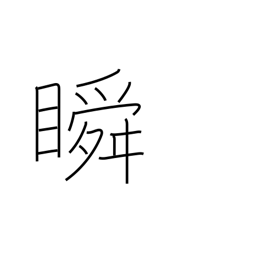
Meaning: wink